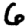
Digit: 6